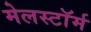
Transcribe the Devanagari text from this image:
मेलस्टाॅर्म